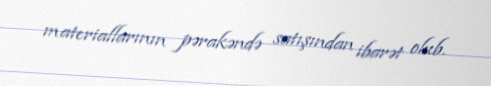
materiallarının pərakəndə satışından ibarət olub.